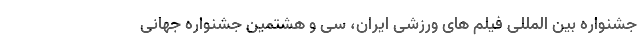
جشنواره بین المللی فیلم های ورزشی ایران، سی و هشتمین جشنواره جهانی